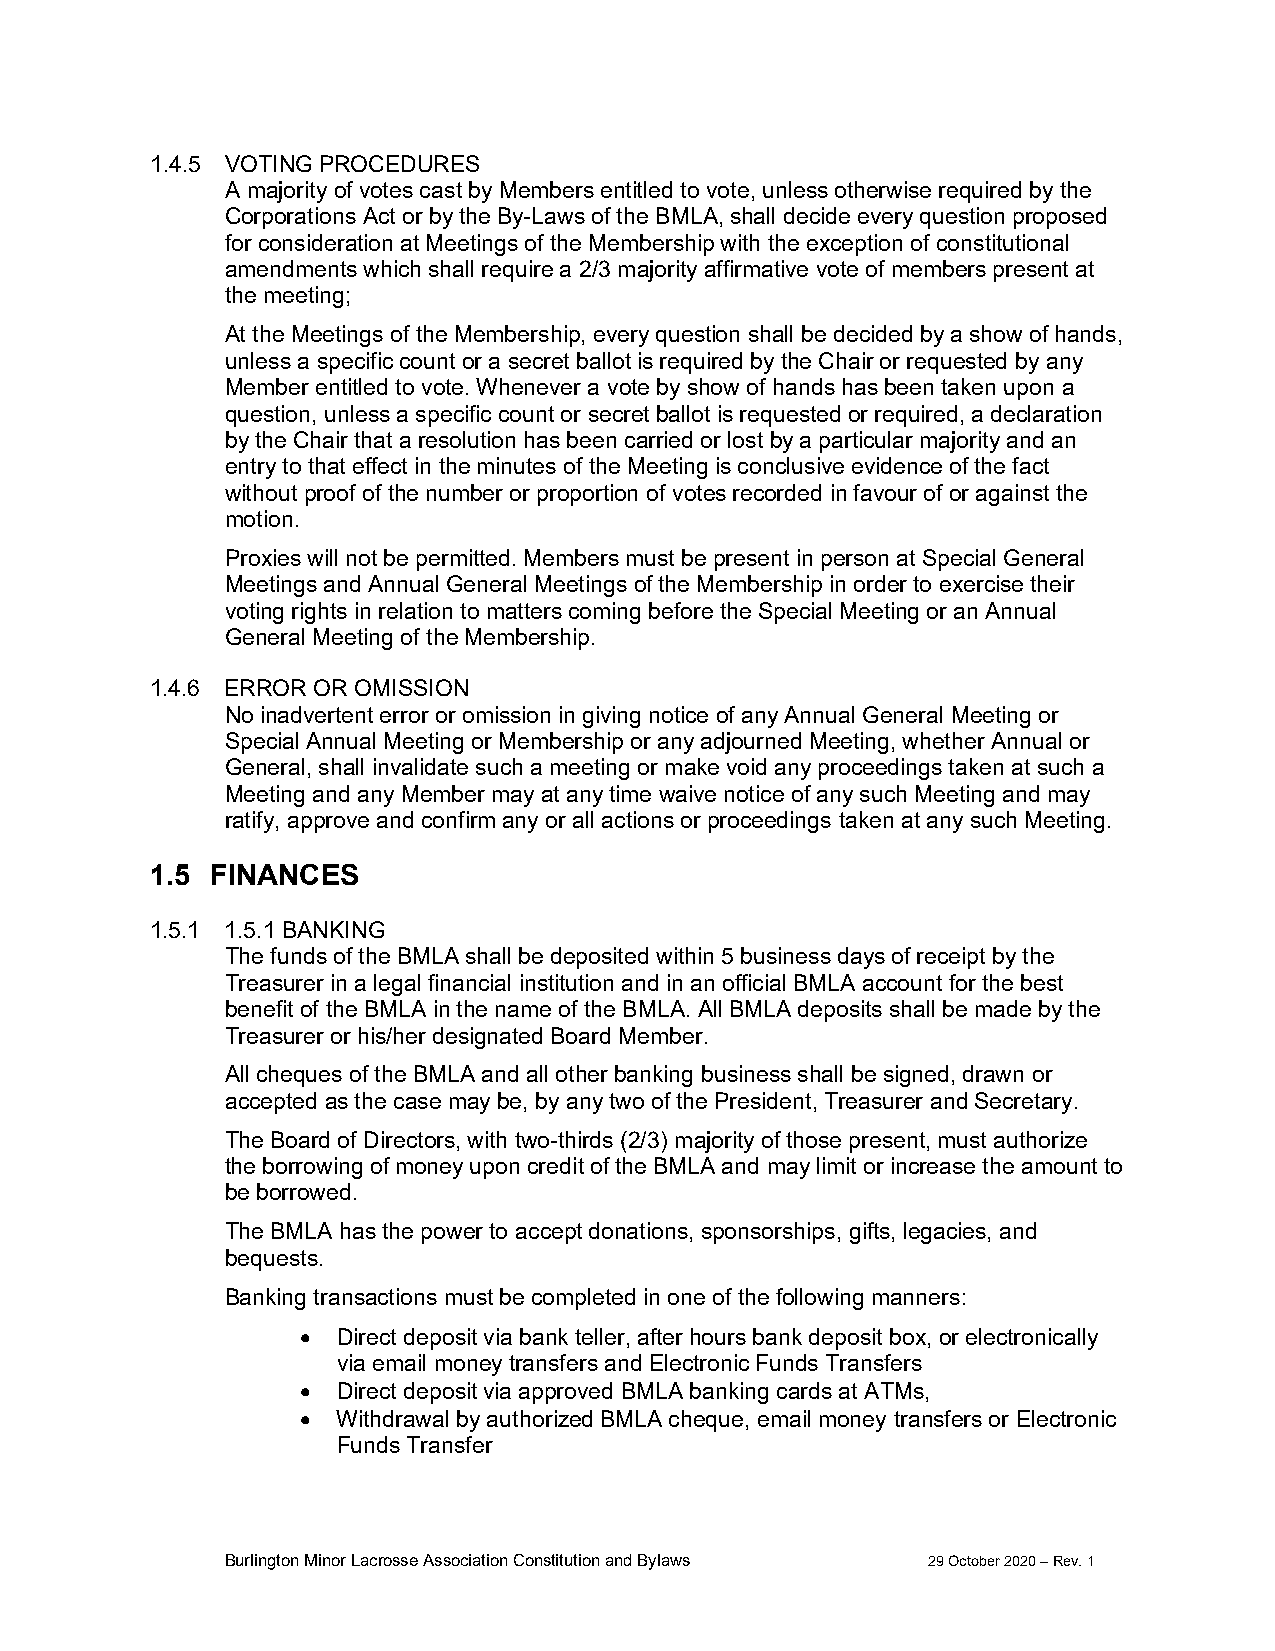
1.4.5 VOTING PROCEDURES
 A majority of votes cast by Members entitled to vote, unless otherwise required by the
 Corporations Act or by the By-Laws of the BMLA, shall decide every question proposed
 for consideration at Meetings of the Membership with the exception of constitutional
 amendments which shall require a 2/3 majority affirmative vote of members present at
 the meeting;
 At the Meetings of the Membership, every question shall be decided by a show of hands,
 unless a specific count or a secret ballot is required by the Chair or requested by any
 Member entitled to vote. Whenever a vote by show of hands has been taken upon a
 question, unless a specific count or secret ballot is requested or required, a declaration
 by the Chair that a resolution has been carried or lost by a particular majority and an
 entry to that effect in the minutes of the Meeting is conclusive evidence of the fact
 without proof of the number or proportion of votes recorded in favour of or against the
 motion.
 Proxies will not be permitted. Members must be present in person at Special General
 Meetings and Annual General Meetings of the Membership in order to exercise their
 voting rights in relation to matters coming before the Special Meeting or an Annual
 General Meeting of the Membership.
 1.4.6 ERROR OR OMISSION
 No inadvertent error or omission in giving notice of any Annual General Meeting or
 Special Annual Meeting or Membership or any adjourned Meeting, whether Annual or
 General, shall invalidate such a meeting or make void any proceedings taken at such a
 Meeting and any Member may at any time waive notice of any such Meeting and may
 ratify, approve and confirm any or all actions or proceedings taken at any such Meeting.
 1.5 FINANCES
 1.5.1 1.5.1 BANKING
 The funds of the BMLA shall be deposited within 5 business days of receipt by the
 Treasurer in a legal financial institution and in an official BMLA account for the best
 benefit of the BMLA in the name of the BMLA. All BMLA deposits shall be made by the
 Treasurer or his/her designated Board Member.
 All cheques of the BMLA and all other banking business shall be signed, drawn or
 accepted as the case may be, by any two of the President, Treasurer and Secretary.
 The Board of Directors, with two-thirds (2/3) majority of those present, must authorize
 the borrowing of money upon credit of the BMLA and may limit or increase the amount to
 be borrowed.
 The BMLA has the power to accept donations, sponsorships, gifts, legacies, and
 bequests.
 Banking transactions must be completed in one of the following manners:
  Direct deposit via bank teller, after hours bank deposit box, or electronically
 via email money transfers and Electronic Funds Transfers
  Direct deposit via approved BMLA banking cards at ATMs,
  Withdrawal by authorized BMLA cheque, email money transfers or Electronic
 Funds Transfer
 Burlington Minor Lacrosse Association Constitution and Bylaws 29 October 2020 – Rev. 1